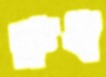
রুধ